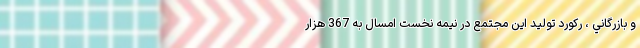
و بازرگاني ، ركورد توليد اين مجتمع در نيمه نخست امسال به 367 هزار